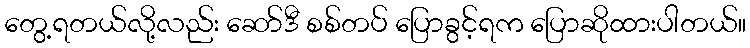
တွေ့ရတယ်လို့လည်း ဆော်ဒီ စစ်တပ် ပြောခွင့်ရက ပြောဆိုထားပါတယ်။